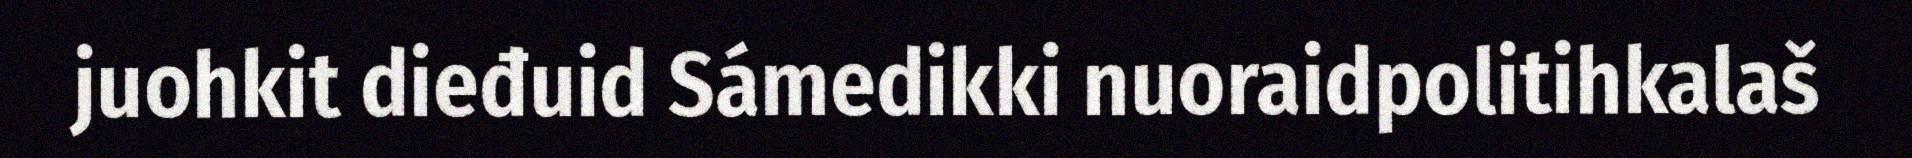
juohkit dieđuid Sámedikki nuoraidpolitihkalaš